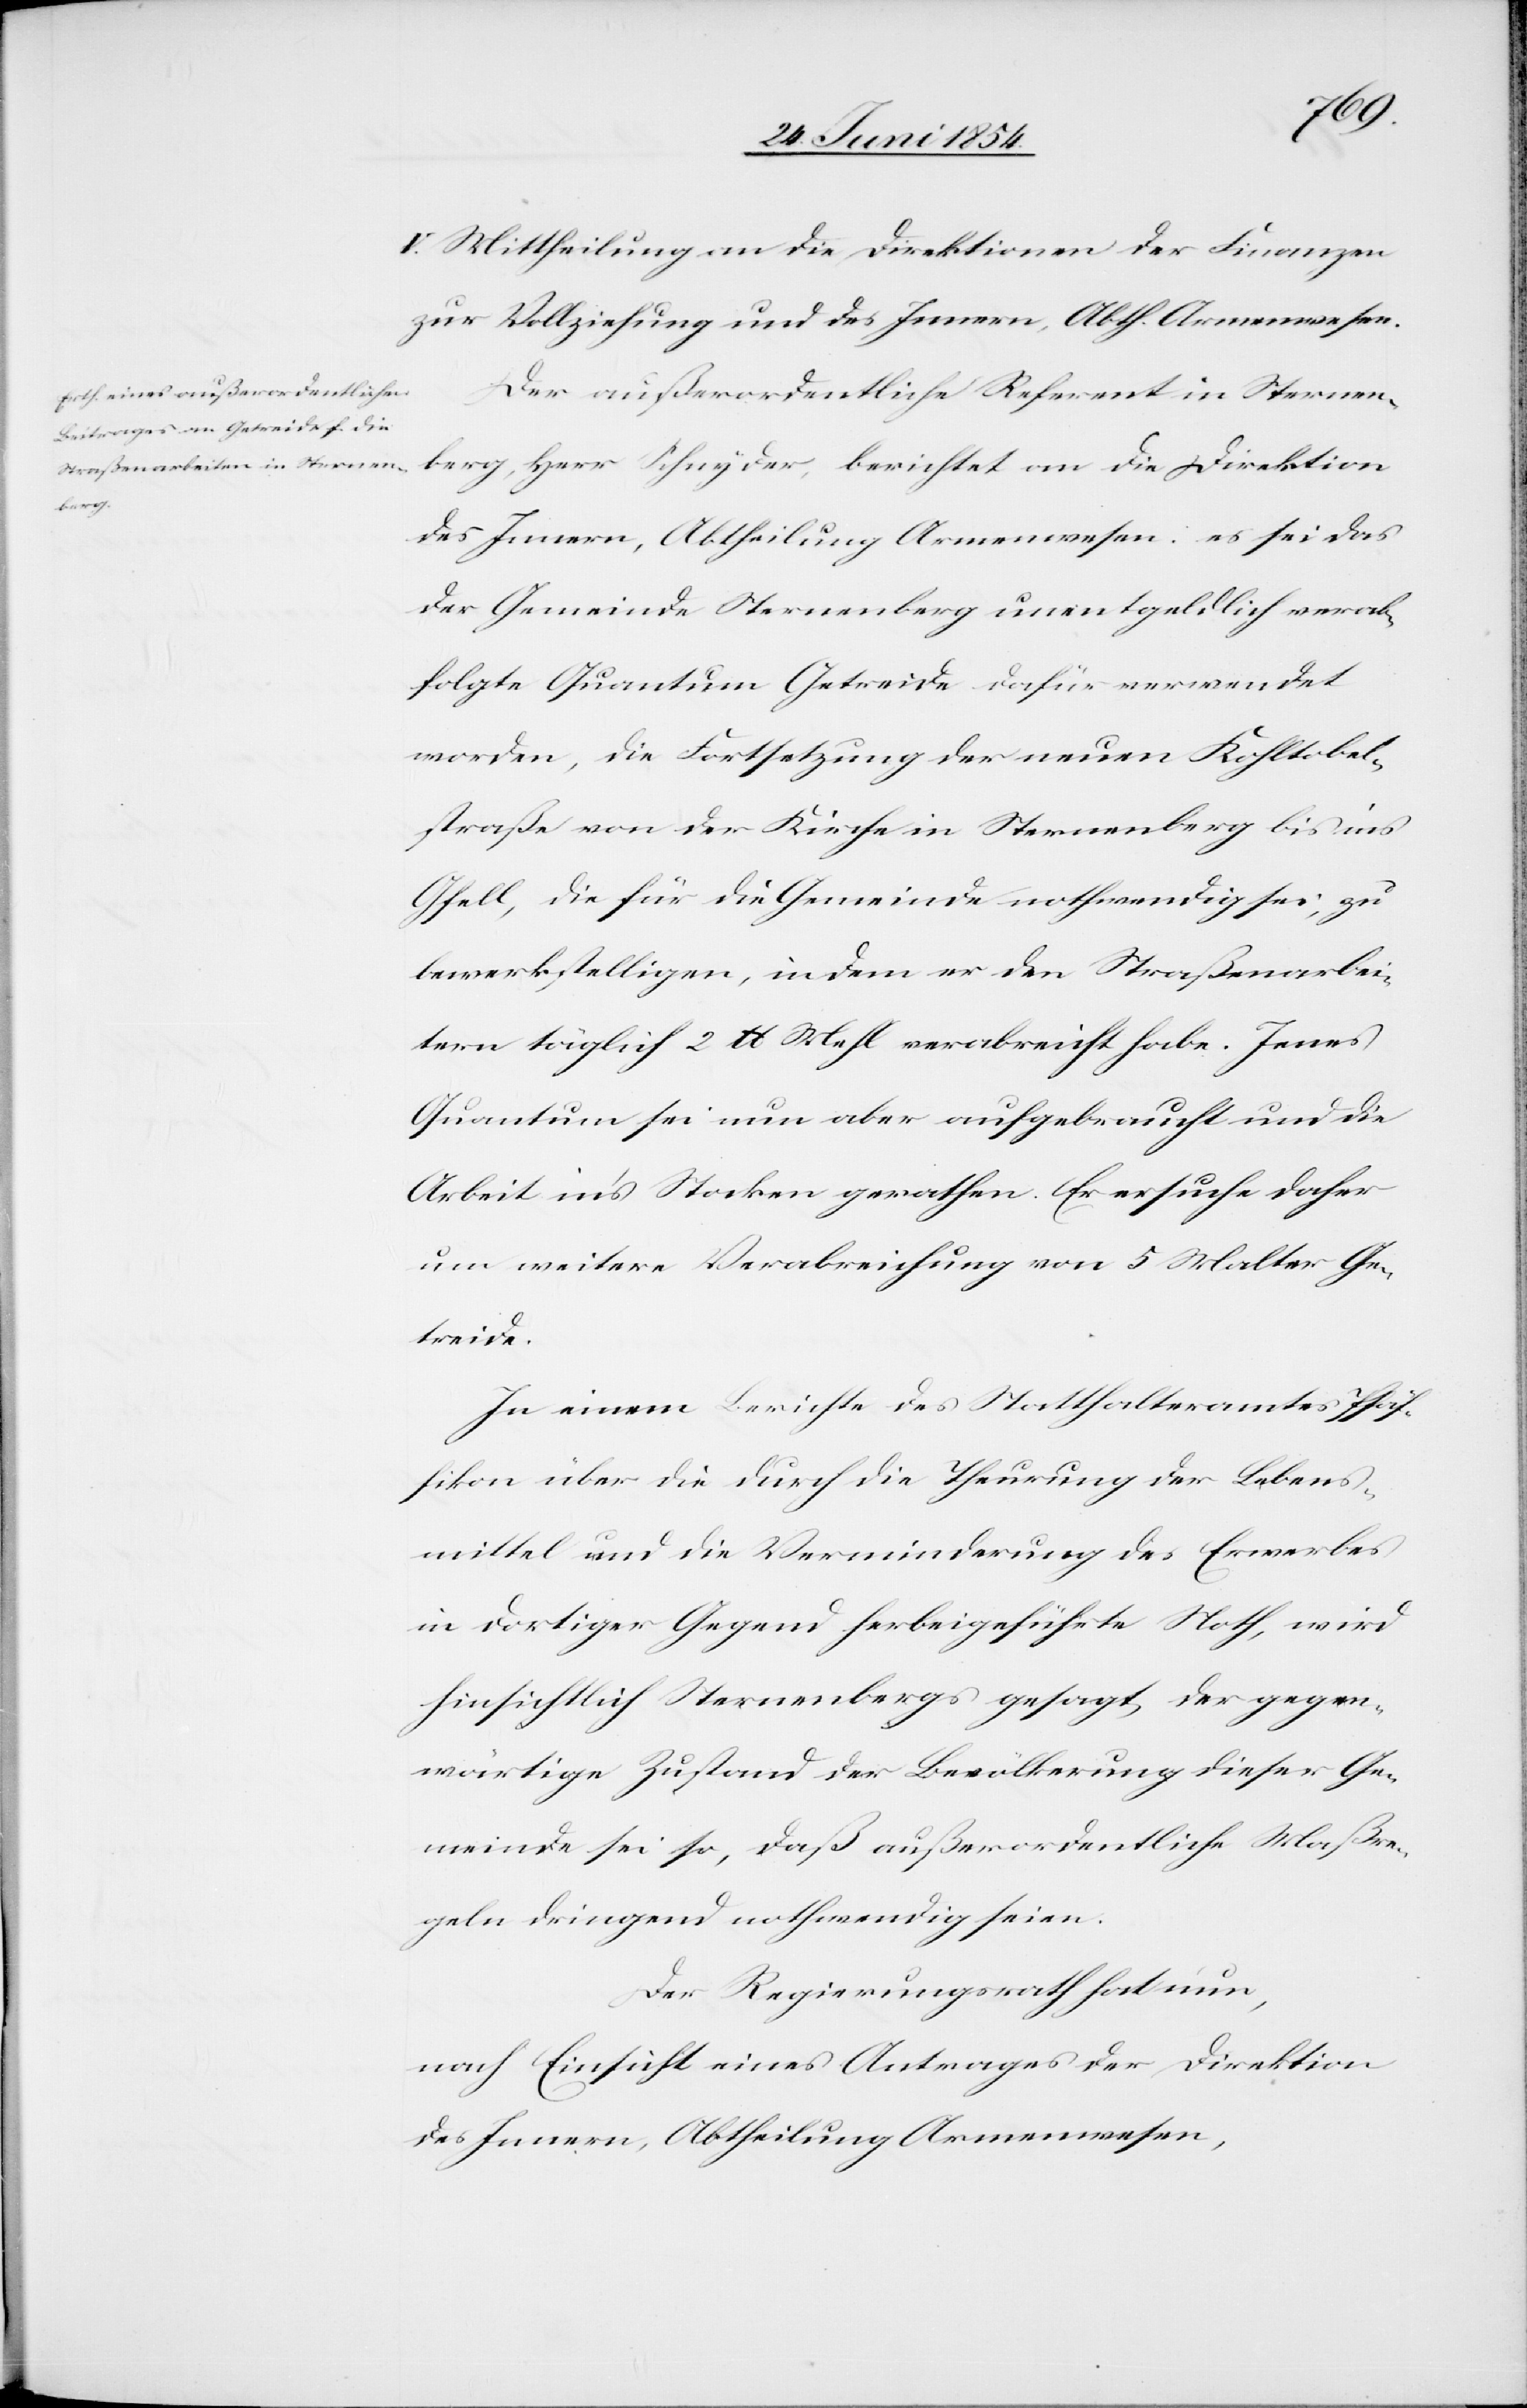
V. Mittheilung an die Direktion der Finanzen
zur Vollziehung und des Innern, Abth. Armenwesen.
Der außerordentliche Referent in Sternen¬
berg,
des Innern, Abtheilung Armenwesen: es sei das
der Gemeinde Sternenberg unentgeldlich verab¬
folgte Quantum Getreide dafür verwendet
worden, die Fortsetzung der neuen Kohltobel¬
straße von der Kirche in Sternenberg bis ins
Gfell, die für die Gemeinde nothwendig sei, zu
bewerkstelligen, indem er den Straßenarbei¬
tern täglich 2 lb Mehl verabreicht habe. Jenes
Quantum sei nun aber aufgebraucht und die
Arbeit in’s Stocken gerathen. Er ersuche daher
um weitere Verabreichung von 5 Malter Ge¬
treide.
In einem Berichte des Statthalteramtes Pfäf¬
fikon über die durch die Theurung des Lebens¬
mittel und die Verminderung des Erwerbes
in dortiger Gegend herbeigeführte Noth, wird
hinsichtlich Sternenberg gesagt, der gegen¬
wärtige Zustand der Bevölkerung dieser Ge¬
meinde sei so, daß außerordentliche Maßre¬
geln dringend nothwendig seien.
Der Regierungsrath hat nun,
nach Einsicht eines Antrages der Direktion
des Innern, Abtheilung Armenwesen,